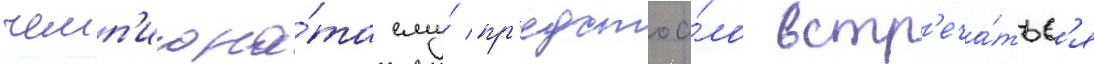
чемп'иона́та ему́ пр'едстоа́ло встр'еча́тьс'я